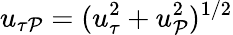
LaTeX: u_{\tau\mathcal{P}}=({u_{\tau}^{2}+u_{\mathcal{P}}^{2}})^{1/2}